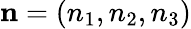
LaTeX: {\mathbf n}=(n_{1},n_{2},n_{3})